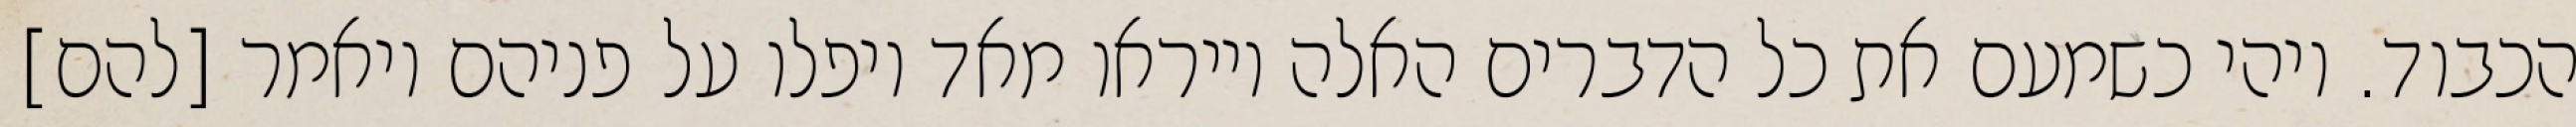
הכבוד. ויהי כשמעם את כל הדברים האלה וייראו מאד ויפלו על פניהם ויאמר [להם]